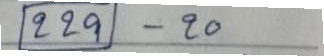
229 - 20